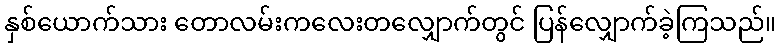
နှစ်ယောက်သား တောလမ်းကလေးတလျှောက်တွင် ပြန်လျှောက်ခဲ့ကြသည်။